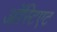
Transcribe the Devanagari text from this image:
ऑस्टिएट